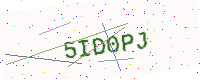
Text: 5ID0PJ